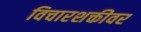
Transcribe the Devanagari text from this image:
विचारशक्तीवर